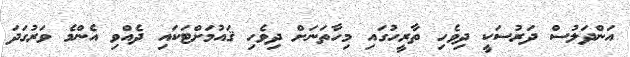
އަންދަލުސް ދަރުސަކީ ދިވެހި ތާރީހުގައި މިހާތަނަށް ދިވެހި ޤައުމަށްޓަކައި ދެއްވި އެންމެ ވަރުގަދަ